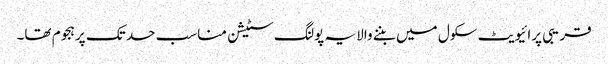
قریبی پرائیویٹ سکول میں بننے والا یہ پولنگ سٹیشن مناسب حد تک پرہجوم تھا۔